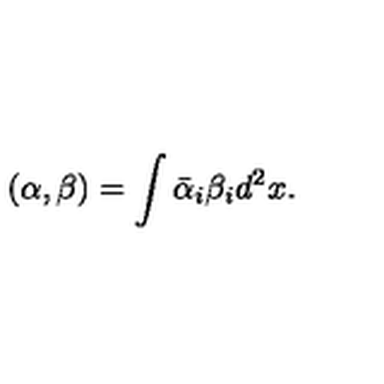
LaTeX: ( \alpha , \beta ) = \int \bar { \alpha } _ { i } \beta _ { i } d ^ { 2 } x .